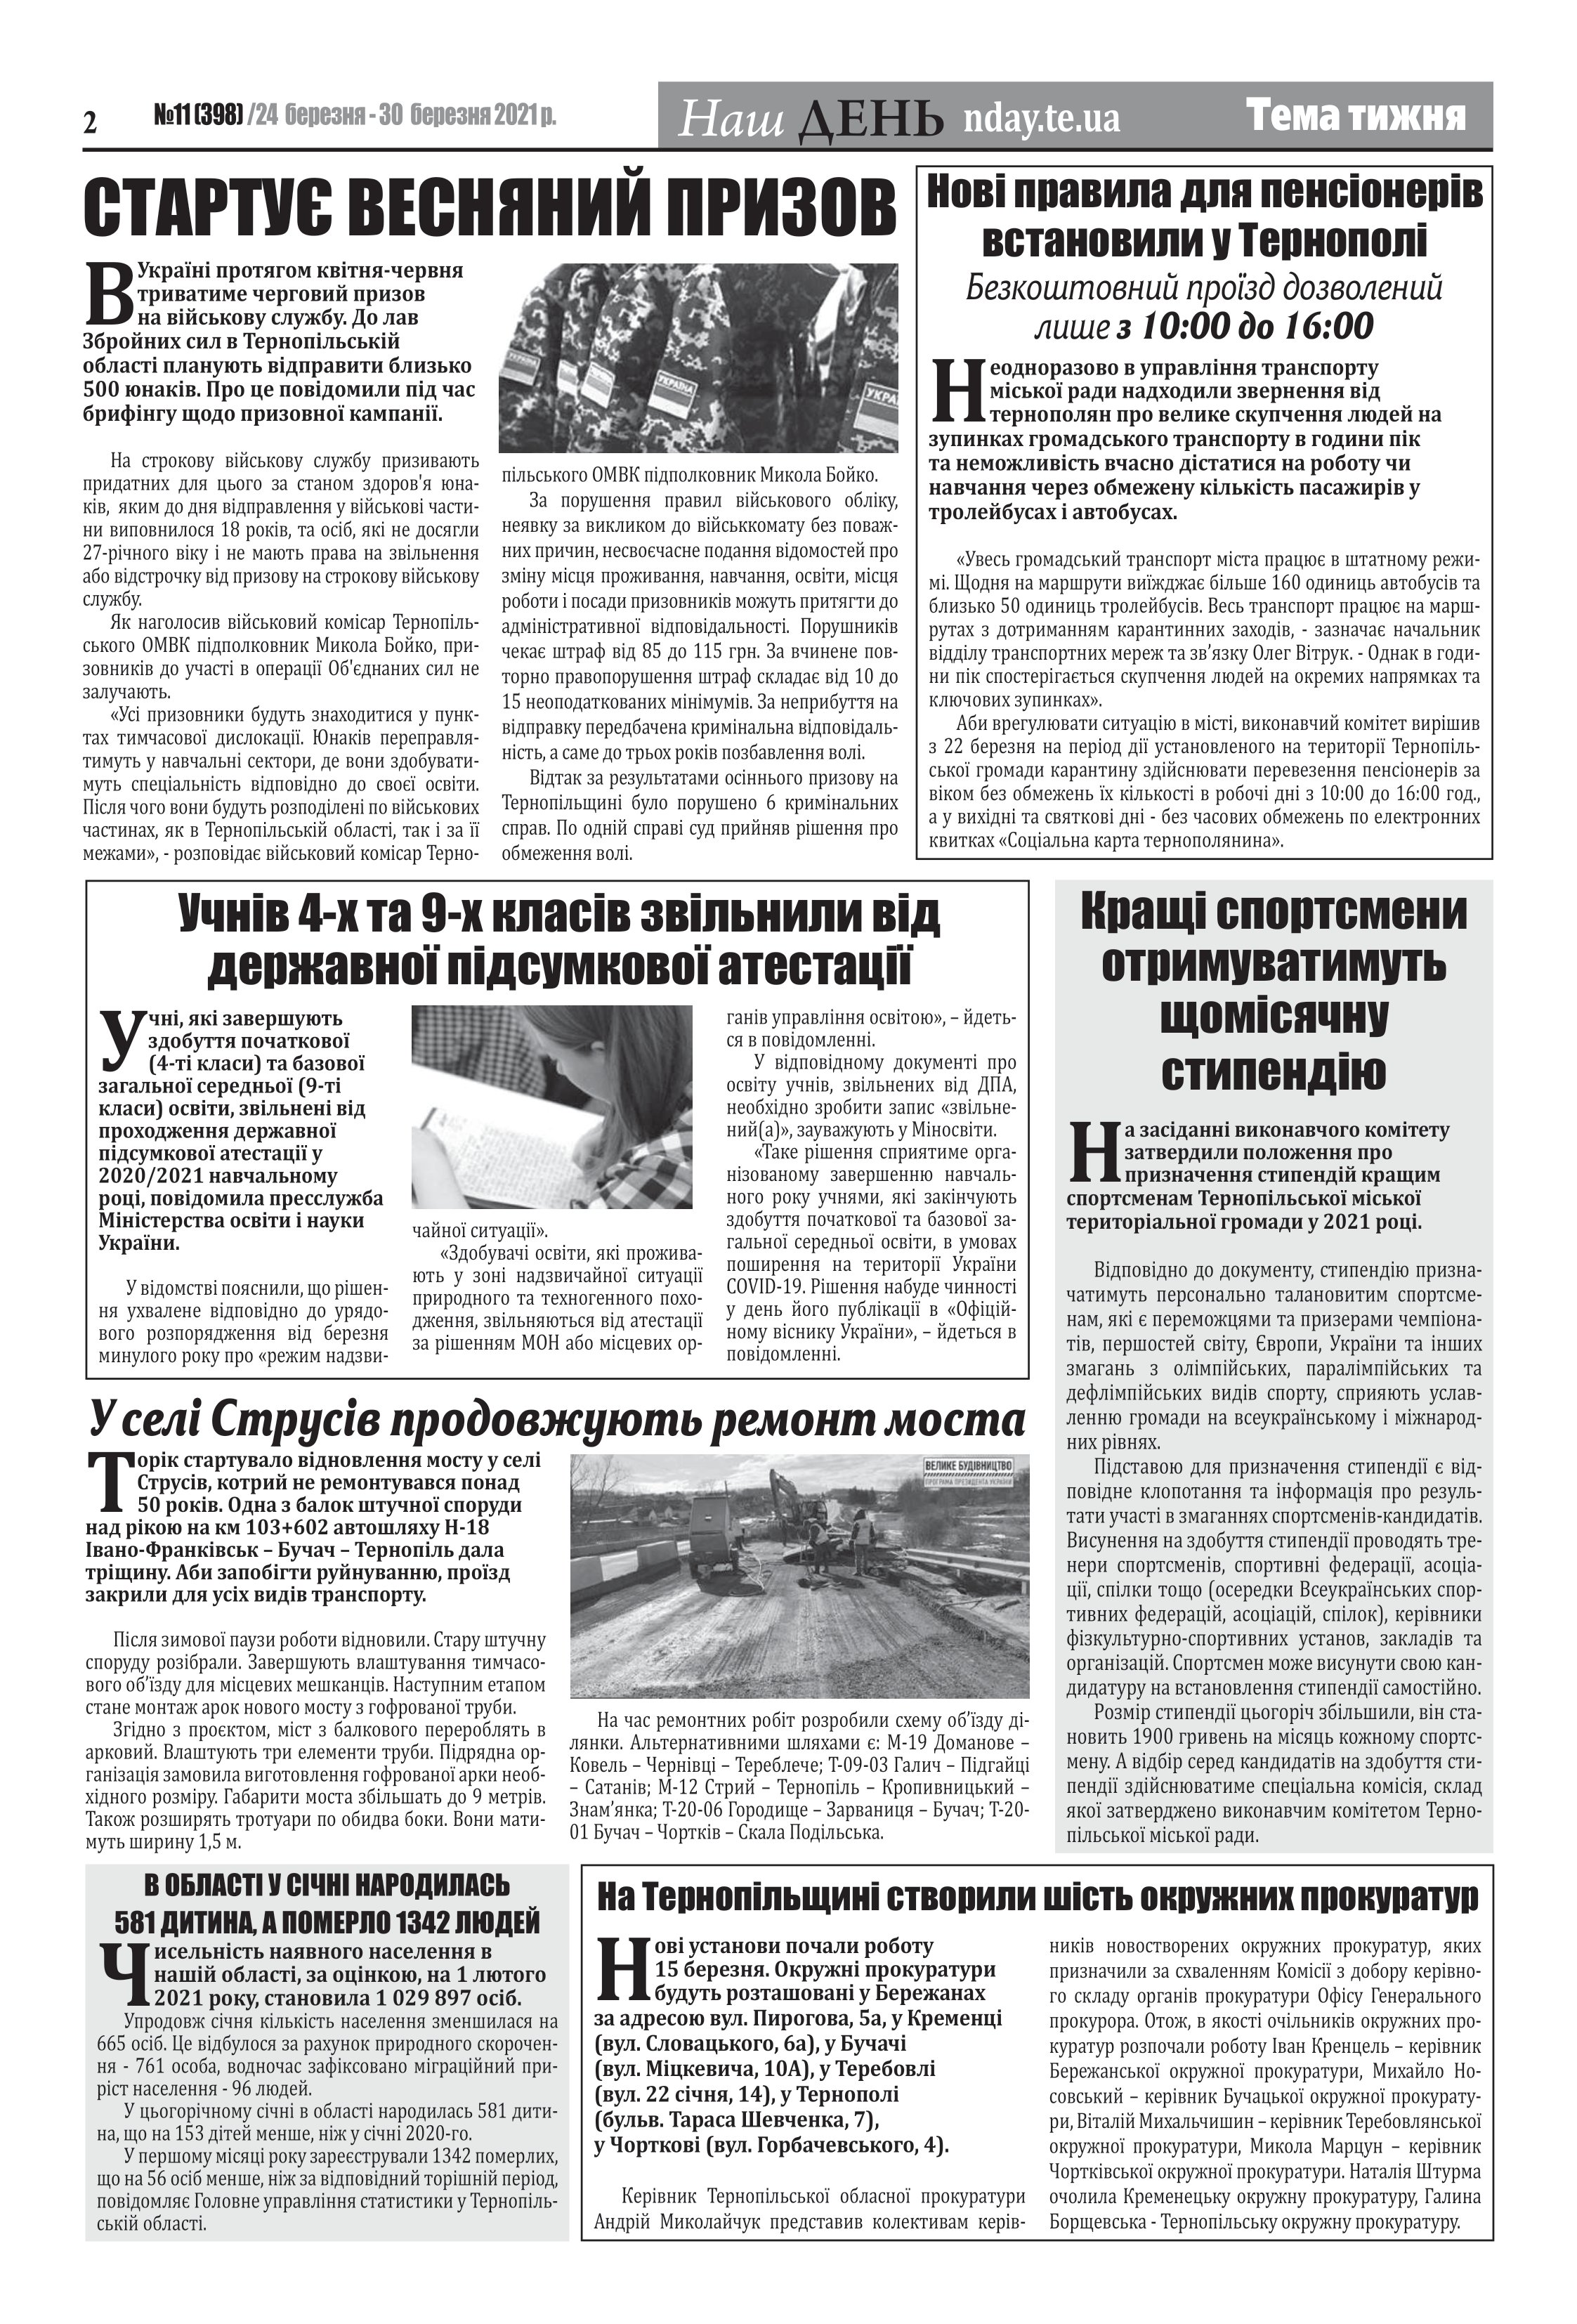
Language: uk